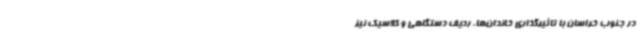
در جنوب خراسان با تاثیرگذاری خاندان‌ها، ردیف دستگاهی و کلاسیک نیز